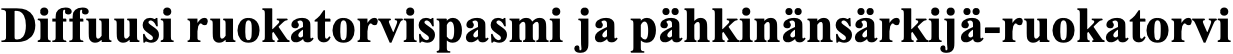
Diffuusi ruokatorvispasmi ja pähkinänsärkijä-ruokatorvi